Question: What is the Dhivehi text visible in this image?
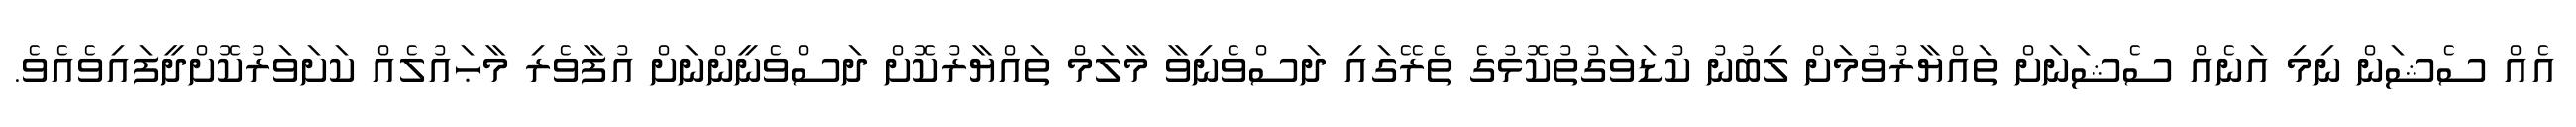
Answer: އެއް ސެޝަން ނިމި އަނެއް ސެޝަނަށް ތައްޔާރުވުމަށް ލިބުނު ކުޑަވަގުތުކޮޅުގެ ތެރޭގައި ދަސްވެނިވާ މާލަމް ތައްޔާރުކޮށް ދަސްވެނީންނަށް އުފާވެރި މާޙައުލެއް ކަށަވަރުކޮށްދީފައިވެއެވެ.